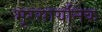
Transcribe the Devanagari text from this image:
भूरसायनिक